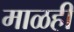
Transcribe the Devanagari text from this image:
माळही